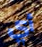
أي